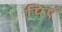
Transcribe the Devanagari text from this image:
पिएं